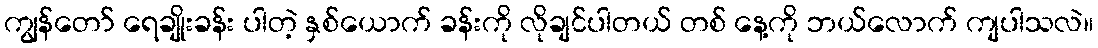
ကျွန်တော် ရေချိုးခန်း ပါတဲ့ နှစ်ယောက် ခန်းကို လိုချင်ပါတယ် တစ် နေ့ကို ဘယ်လောက် ကျပါသလဲ။